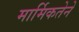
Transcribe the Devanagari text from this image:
मार्मिकतेने